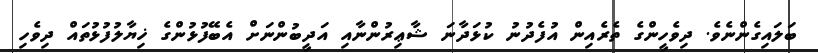
ބަލައިގެންނެވެ. ދިވެހީންގެ ތެރެއިން އުފެދުނު ކުޅަދާނަ ޝާޢިރުންނާއި އަދީބުންނަށް އެބޭފުޅުންގެ ޚިޔާލުފުޅުތައް ދިވެހި